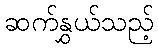
ဆက်နွှယ်သည့်